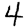
Digit: 4